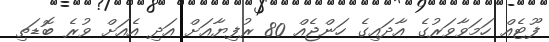
ފޫޓެއް ހަމަވާވަރުގެ އާދައިގެ ހަންޖެއް 80 ރުފިޔާއަށް އަދި އެއަށް ވުރެ ބޮޑަތި